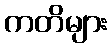
ကတိများ